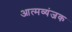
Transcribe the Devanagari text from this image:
आत्मव्यंजक